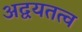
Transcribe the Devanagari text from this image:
अद्वयतत्व